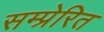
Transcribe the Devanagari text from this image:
सम्प्रेरित